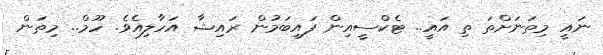
ނައީ މިތަނަށްތަ ތި އައީ.. ޓެކްސީއިން ފައިބަމުން ރައިޝާ އަހާލިއެވެ. ހޫމް.. މިތަން